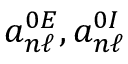
a _ { n \ell } ^ { 0 E } , a _ { n \ell } ^ { 0 I }